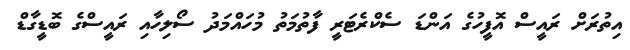
އިތުރަށް ރައީސް އޮފީހުގެ އަންޑަ ސެކްރެޓަރީ ފާތުމަތު މުހައްމަދު ސޯލިހާއި ރައީސްގެ ބޮޑީގާޑް